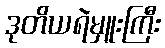
ဒုတိယရဲမှူးကြီး